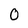
Character: O